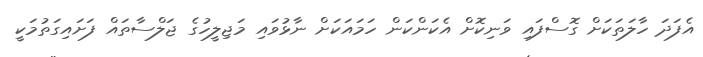
އެފަދަ ހާލަތަކަށް ގޮސްފައި ވަނިކޮށް އެކަންކަން ހަމައަކަށް ނާޅުވައި މަޖިލީހުގެ ޖަލްސާތައް ފަށައިގަތުމަކީ